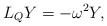
\begin{align*} L_QY=-\omega^2Y, \end{align*}